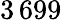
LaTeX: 3\, 699